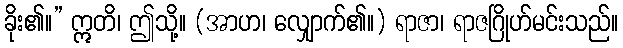
ခိုး၏။” ဣတိ၊ ဤသို့။ (အာဟ၊ လျှောက်၏။) ရာဇာ၊ ရာဇဂြိုဟ်မင်းသည်။